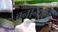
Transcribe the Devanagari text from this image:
बनानास